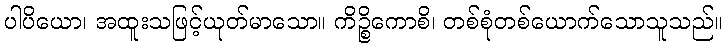
ပါပိယော၊ အထူးသဖြင့်ယုတ်မာသော။ ကိဉ္စိကောစိ၊ တစ်စုံတစ်ယောက်သောသူသည်။